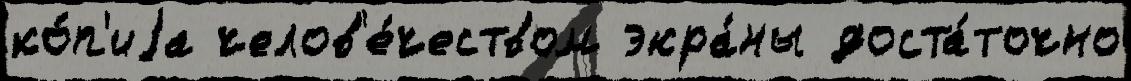
ко́п'иjа челов'е́чеством экра́ны доста́точно